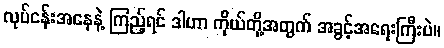
လုပ်ငန်းအနေနဲ့ ကြည့်ရင် ဒါဟာ ကိုယ်တို့အတွက် အခွင့်အရေးကြီးပဲ။